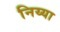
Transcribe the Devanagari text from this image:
निय्या